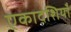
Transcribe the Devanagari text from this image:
एकादशियाँ